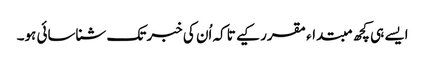
ایسے ہی کچھ مبتداء مقرر کیے تاکہ اُن کی خبر تک شناسائی ہو۔